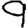
Digit: 9